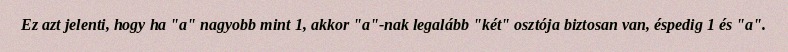
Ez azt jelenti, hogy ha "a" nagyobb mint 1, akkor "a"-nak legalább "két" osztója biztosan van, éspedig 1 és "a".